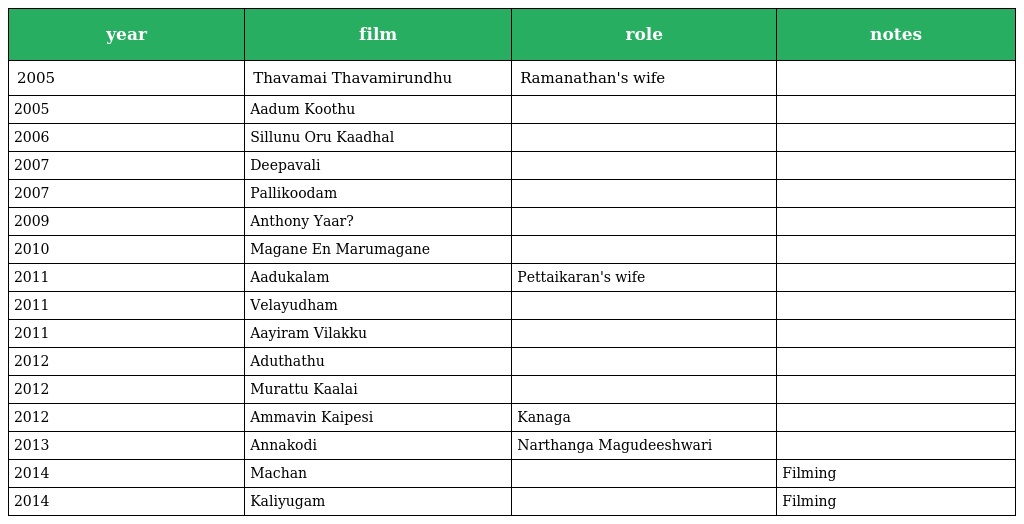
| year | film | role | notes |
 | --- | --- | --- | --- |
 | 2005 | Thavamai Thavamirundhu | Ramanathan's wife |  |
 | 2005 | Aadum Koothu |  |  |
 | 2006 | Sillunu Oru Kaadhal |  |  |
 | 2007 | Deepavali |  |  |
 | 2007 | Pallikoodam |  |  |
 | 2009 | Anthony Yaar? |  |  |
 | 2010 | Magane En Marumagane |  |  |
 | 2011 | Aadukalam | Pettaikaran's wife |  |
 | 2011 | Velayudham |  |  |
 | 2011 | Aayiram Vilakku |  |  |
 | 2012 | Aduthathu |  |  |
 | 2012 | Murattu Kaalai |  |  |
 | 2012 | Ammavin Kaipesi | Kanaga |  |
 | 2013 | Annakodi | Narthanga Magudeeshwari |  |
 | 2014 | Machan |  | Filming |
 | 2014 | Kaliyugam |  | Filming |